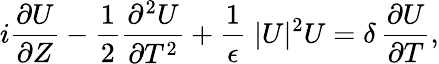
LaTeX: i\frac{\partial U}{\partial Z}-\frac{1}{2}\frac{\partial^{2}U}{\partial T^{2}}+\frac{1}{\epsilon}\; |U|^{2}U=\delta\, \frac{\partial U}{\partial T},